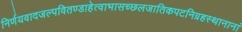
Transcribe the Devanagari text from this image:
निर्णयवादजल्पवितण्डाहेत्वाभासच्छलजातिकपटनिग्रहस्थानानां